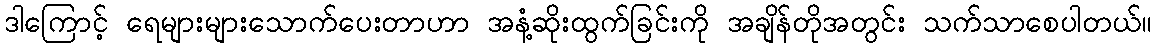
ဒါကြောင့် ရေများများသောက်ပေးတာဟာ အနံ့ဆိုးထွက်ခြင်းကို အချိန်တိုအတွင်း သက်သာစေပါတယ်။